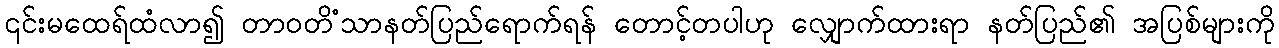
၎င်းမထေရ်ထံလာ၍ တာဝတိံသာနတ်ပြည်ရောက်ရန် တောင့်တပါဟု လျှောက်ထားရာ နတ်ပြည်၏ အပြစ်များကို